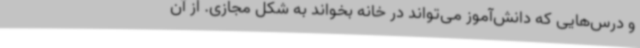
و درس‌هایی که دانش‌آموز می‌تواند در خانه بخواند به شکل مجازی. از آن